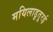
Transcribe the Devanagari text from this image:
मयिलाडुतुरई